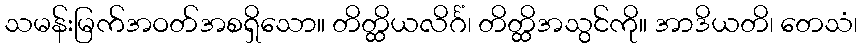
သမန်းမြက်အဝတ်အစရှိသော။ တိတ္ထိယလိင်္ဂံ၊ တိတ္ထိအသွင်ကို။ အာဒိယတိ၊ တေသံ၊